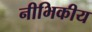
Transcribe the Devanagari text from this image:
नीभिकीय